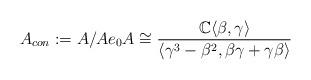
LaTeX: \begin{align*}A_{con}:=A/Ae_0A \cong \frac{\mathbb{C} \langle \beta, \gamma \rangle}{\langle \gamma^3-\beta^2, \beta \gamma+ \gamma \beta \rangle}\end{align*}